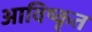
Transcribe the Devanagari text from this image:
आविष्‍कृत